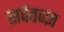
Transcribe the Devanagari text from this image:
सर्पतज्ज्ञ